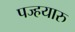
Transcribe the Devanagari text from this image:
पज्हयारु